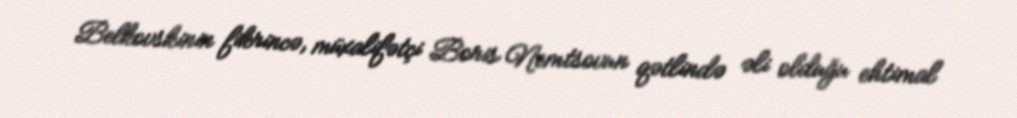
Belkovskinin fikrincə, müxalifətçi Boris Nemtsovun qətlində əli olduğu ehtimal